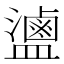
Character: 𬐻